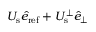
U _ { \mathrm { s } } \hat { e } _ { \mathrm { r e f } } + U _ { \mathrm { s } } ^ { \perp } \hat { e } _ { \perp }